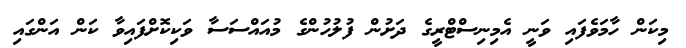
މިކަން ހާމަވެފައި ވަނީ އެމިނިސްޓްރީގެ ދަށުން ފުލުހުންގެ މުއައްސަސާ ވަކިކޮށްފައިވާ ކަން އަންގައި